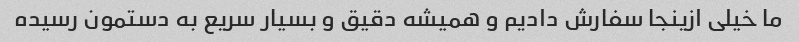
ما خیلی ازینجا سفارش دادیم و همیشه دقیق و بسیار سریع به دستمون رسیده